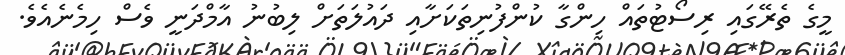
މީގެ ތެރޭގައި ރިސޯޓުތައް ހިންގާ ކުންފުނިތަކަށާއި ދައުލަތަށް ލިބުނު އާމްދަނީ ވެސް ހިމެނެއެވެ.